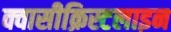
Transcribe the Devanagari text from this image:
क्वासीक्रिस्टलाइन